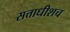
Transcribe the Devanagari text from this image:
सत्ताधीशच